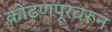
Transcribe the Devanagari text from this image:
कोंढणपूरवरून